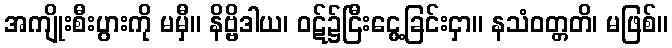
အကျိုးစီးပွားကို မမှီ။ နိဗ္ဗိဒါယ၊ ဝဋ်၌ငြီးငွေ့ခြင်းငှာ။ နသံဝတ္တတိ၊ မဖြစ်။